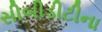
સીબીડીટીના